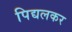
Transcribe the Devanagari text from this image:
पिद्यलकर